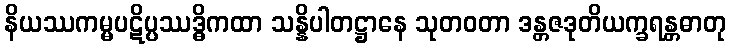
နိယဿကမ္မပဋိပ္ပဿဒ္ဓိကထာ သန္နိပါတဋ္ဌာနေ သုတဝတာ ဒန္တဇဒုတိယက္ခရန္တဓာတု